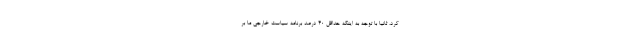
کرد، ثانیاً با توجه به اینکه حداقل ۴۰ درصد برنامه سیاست خارجی ما بر